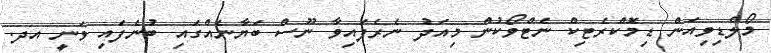
މޯލްޑިވިއަން ޑިމޮކްރެޓިކް ނެޓްވޯކުން މިއަދު ނެރެފައިވާ ނޫސް ބަޔާނެއްގައި ބުނެފައި ވަނީ އދ.